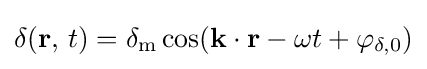
\delta (\mathbf {r} ,\,t)=\delta _{\mathrm {m} }\cos(\mathbf {k} \cdot \mathbf {r} -\omega t+\varphi _{\delta ,0})